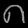
Digit: ၈